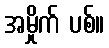
အမှိုက် ပစ်။